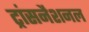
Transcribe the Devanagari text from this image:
ट्रांसनैशनल